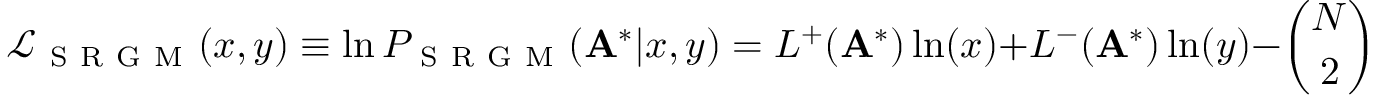
\mathcal { L } _ { \mathrm { ~ S ~ R ~ G ~ M ~ } } ( x , y ) \equiv \ln P _ { \mathrm { ~ S ~ R ~ G ~ M ~ } } ( \mathbf { A } ^ { * } | x , y ) = L ^ { + } ( \mathbf { A } ^ { * } ) \ln ( x ) + L ^ { - } ( \mathbf { A } ^ { * } ) \ln ( y ) - \binom { N } { 2 } \ln ( 1 + x + y )